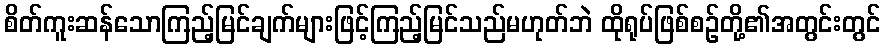
စိတ်ကူးဆန်သောကြည့်မြင်ချက်များဖြင့်ကြည့်မြင်သည်မဟုတ်ဘဲ ထိုရုပ်ဖြစ်စဉ်တို့၏အတွင်းတွင်